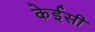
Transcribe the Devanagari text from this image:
केईसी